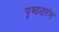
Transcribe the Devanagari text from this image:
पृष्ठतरंग